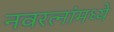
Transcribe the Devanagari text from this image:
नवरत्‍नांमध्ये